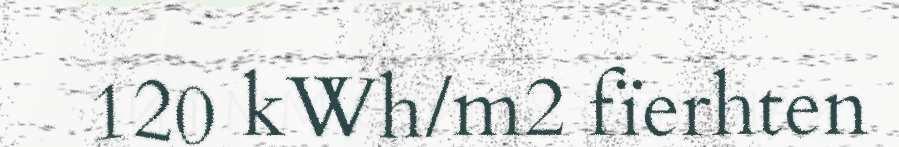
120 kWh/m2 fïerhten